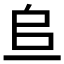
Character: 𫠨